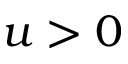
u > 0